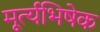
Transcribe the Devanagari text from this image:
मूर्त्यभिषेक